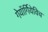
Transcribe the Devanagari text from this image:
गेयॉर्गियेविच